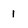
Character: 1